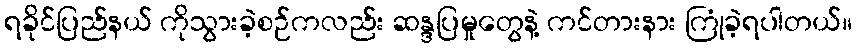
ရခိုင်ပြည်နယ် ကိုသွားခဲ့စဉ်ကလည်း ဆန္ဒပြမှုတွေနဲ့ ကင်တားနား ကြုံခဲ့ရပါတယ်။